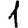
Digit: 1